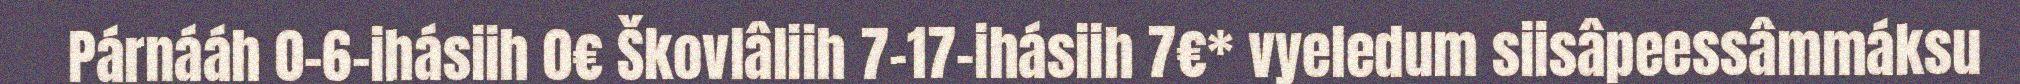
Párnááh 0–6-ihásiih 0€ Škovlâliih 7–17-ihásiih 7€* vyeledum siisâpeessâmmáksu